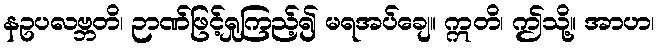
နဥပလဗ္ဘတိ၊ ဉာဏ်ဖြင့်ရှုကြည့်၍ မရအပ်ချေ။ ဣတိ၊ ဤသို့။ အာဟ၊